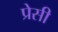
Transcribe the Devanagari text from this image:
प्रेसी